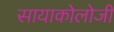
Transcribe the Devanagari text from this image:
सायाकोलोजी